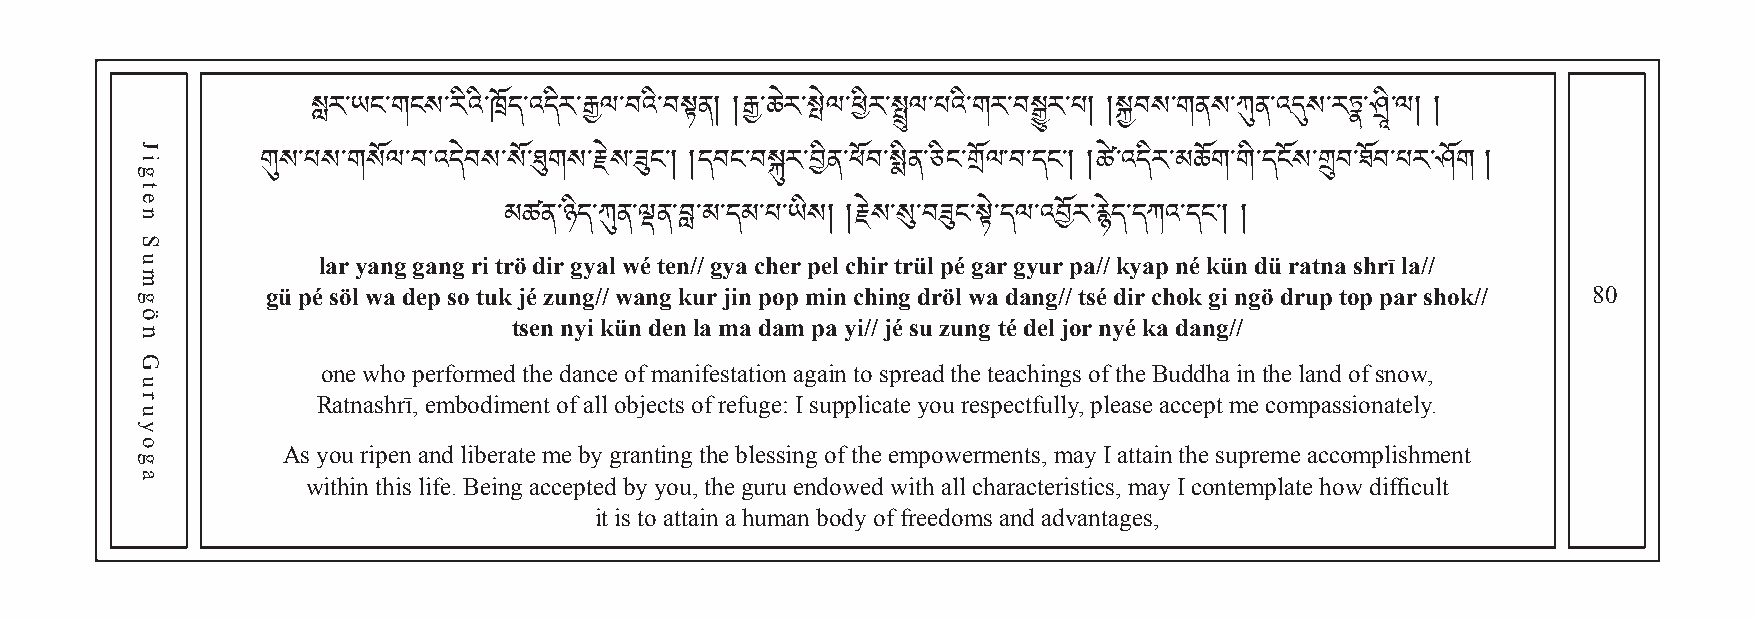
སླར་ཡང་གངས་རིའི་ཁོད་འདིར་རྒྱལ་བའི་བསྟན། །རྒྱ ་ ཆ ེ ར ་སེལ་ཕིར་སྤྲུལ་པའི་གར་བསྒྱུར་པ། །སྐྱབས་གནས་ཀུན་འདུས་རཏྣ་ཤྲི་ལ། །
 གུས་པས་གསོལ་བ་འདེབས་སོ་ཐུགས་རེས་ཟུང་། །དབང་བསྐུར་བིན་ཕོབ་སྨིན་ཅིང་གོལ་བ་དང་། །ཚྲེ་འདིར་མཆོག་གི་དངོས་གྲུབ་ཐོབ་པར་ཤོག །
 lar yang gang ri trö dir gyal wé ten// gya cher pel chir trül pé gar gyur pa// kyap né kün dü ratna shrī la//
 མཚན་ཉིད་ཀུན་ལྡན་བླ་མ་དམ་པ་ཡིས། །རེས་སུ་བཟུང་སྟེ་དལ་འབོར་རྙེད་དཀའ་དང་། །
 gü pé söl wa dep so tuk jé zung// wang kur jin pop min ching dröl wa dang// tsé dir chok gi ngö drup top par shok// 80
 tsen nyi kün den la ma dam pa yi// jé su zung té del jor nyé ka dang//
 one who performed the dance of manifestation again to spread the teachings of the Buddha in the land of snow,
 Ratnashrī, embodiment of all objects of refuge: I supplicate you respectfully, please accept me compassionately.
 As you ripen and liberate me by granting the blessing of the empowerments, may I attain the supreme accomplishment
 within this life. Being accepted by you, the guru endowed with all characteristics, may I contemplate how difficult
 it is to attain a human body of freedoms and advantages,
 Jigten
 Sumgön
 Guruyoga